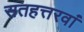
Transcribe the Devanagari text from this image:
सतहत्तरवां